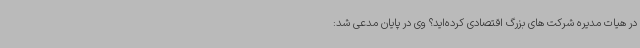
در هیات مدیره شرکت های بزرگ اقتصادی کرده‌اید؟ وی در پایان مدعی شد: